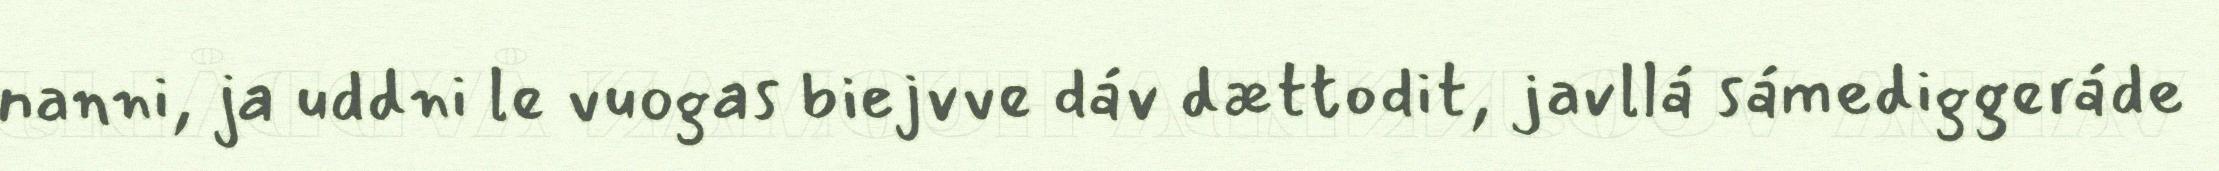
nanni, ja uddni le vuogas biejvve dáv dættodit, javllá sámediggeráde